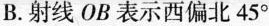
B.射线OB表示西偏北45°